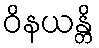
ဝိနယန္တိ